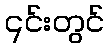
၎င်းတွင်